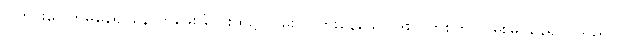
ပြတင်းပေါက်မှနေ၍ နောက်ဖေးခြံဝင်းထဲ၌ လမ်းသလားနေသော ဒါးလက်စ်ကို လှမ်းမြင်နေရပါ သည်။